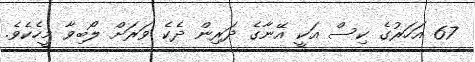
67 އަހަރުގެ ކިސް އަކީ އޭނާގެ ދަރިން ދެކެ ވަރަށް ލޯބިވާ މީހެކެވެ.